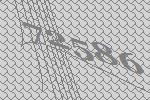
72586